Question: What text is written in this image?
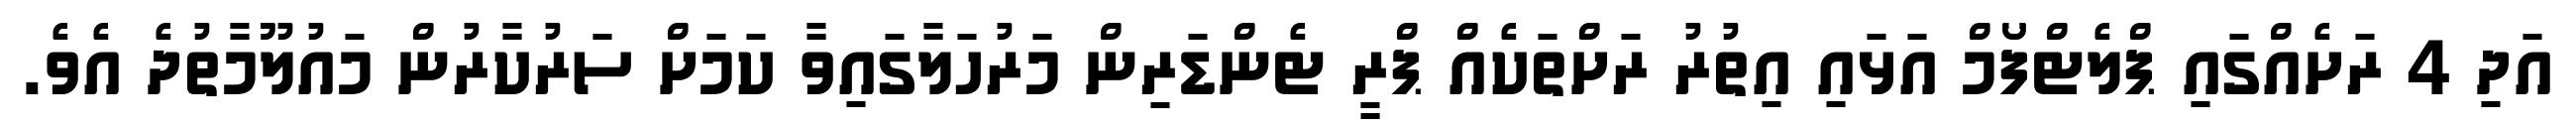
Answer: އަދި 4 ރަށެއްގައި ޕްލެޓްފޯމް އަޅައި އިތުރު ރަށްތަކެއް ޕްރީ ޓެންޑަރިން މަރުހަލާގައިވާ ކަމަށް ސަރުކާރުން މައުލޫމާތުދެ އެވެ.